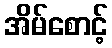
အိမ်စောင့်